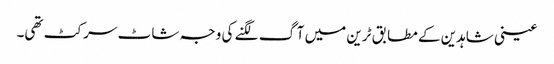
عینی شاہدین کے مطابق ٹرین میں آگ لگنے کی وجہ شاٹ سرکٹ تھی۔